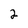
Character: 2